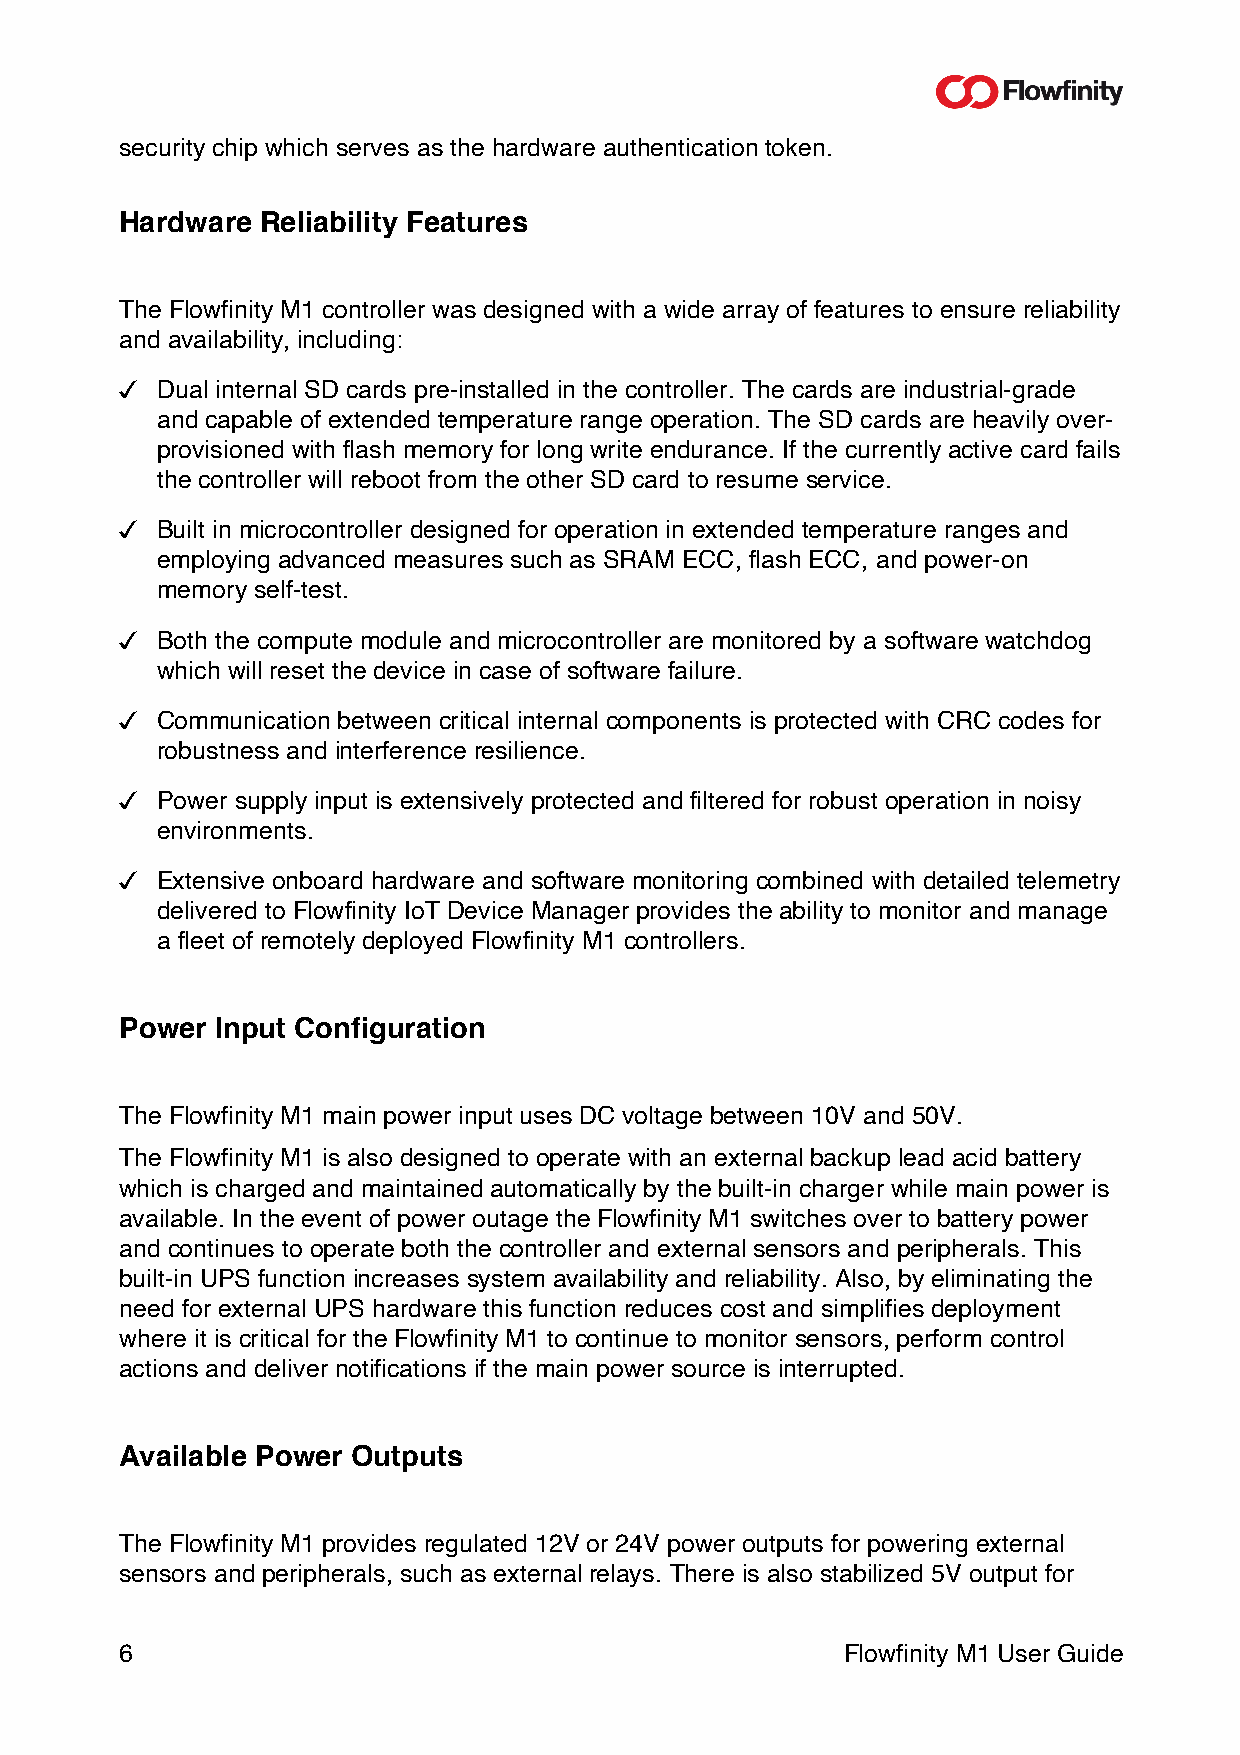
security chip which serves as the hardware authentication token.
 Hardware Reliability Features
 The Flowfinity M1 controller was designed with a wide array of features to ensure reliability
 and availability, including:
 " Dual internal SD cards pre-installed in the controller. The cards are industrial-grade
 and capable of extended temperature range operation. The SD cards are heavily over-
 provisioned with flash memory for long write endurance. If the currently active card fails
 the controller will reboot from the other SD card to resume service.
 " Built in microcontroller designed for operation in extended temperature ranges and
 employing advanced measures such as SRAM ECC, flash ECC, and power-on
 memory self-test.
 " Both the compute module and microcontroller are monitored by a software watchdog
 which will reset the device in case of software failure.
 " Communication between critical internal components is protected with CRC codes for
 robustness and interference resilience.
 " Power supply input is extensively protected and filtered for robust operation in noisy
 environments.
 " Extensive onboard hardware and software monitoring combined with detailed telemetry
 delivered to Flowfinity IoT Device Manager provides the ability to monitor and manage
 a fleet of remotely deployed Flowfinity M1 controllers.
 Power Input Configuration
 The Flowfinity M1 main power input uses DC voltage between 10V and 50V.
 The Flowfinity M1 is also designed to operate with an external backup lead acid battery
 which is charged and maintained automatically by the built-in charger while main power is
 available. In the event of power outage the Flowfinity M1 switches over to battery power
 and continues to operate both the controller and external sensors and peripherals. This
 built-in UPS function increases system availability and reliability. Also, by eliminating the
 need for external UPS hardware this function reduces cost and simplifies deployment
 where it is critical for the Flowfinity M1 to continue to monitor sensors, perform control
 actions and deliver notifications if the main power source is interrupted.
 Available Power Outputs
 The Flowfinity M1 provides regulated 12V or 24V power outputs for powering external
 sensors and peripherals, such as external relays. There is also stabilized 5V output for
 6                                               Flowfinity M1 User Guide